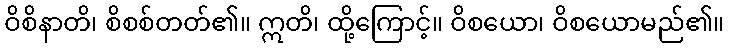
ဝိစိနာတိ၊ စိစစ်တတ်၏။ ဣတိ၊ ထို့ကြောင့်။ ဝိစယော၊ ဝိစယောမည်၏။